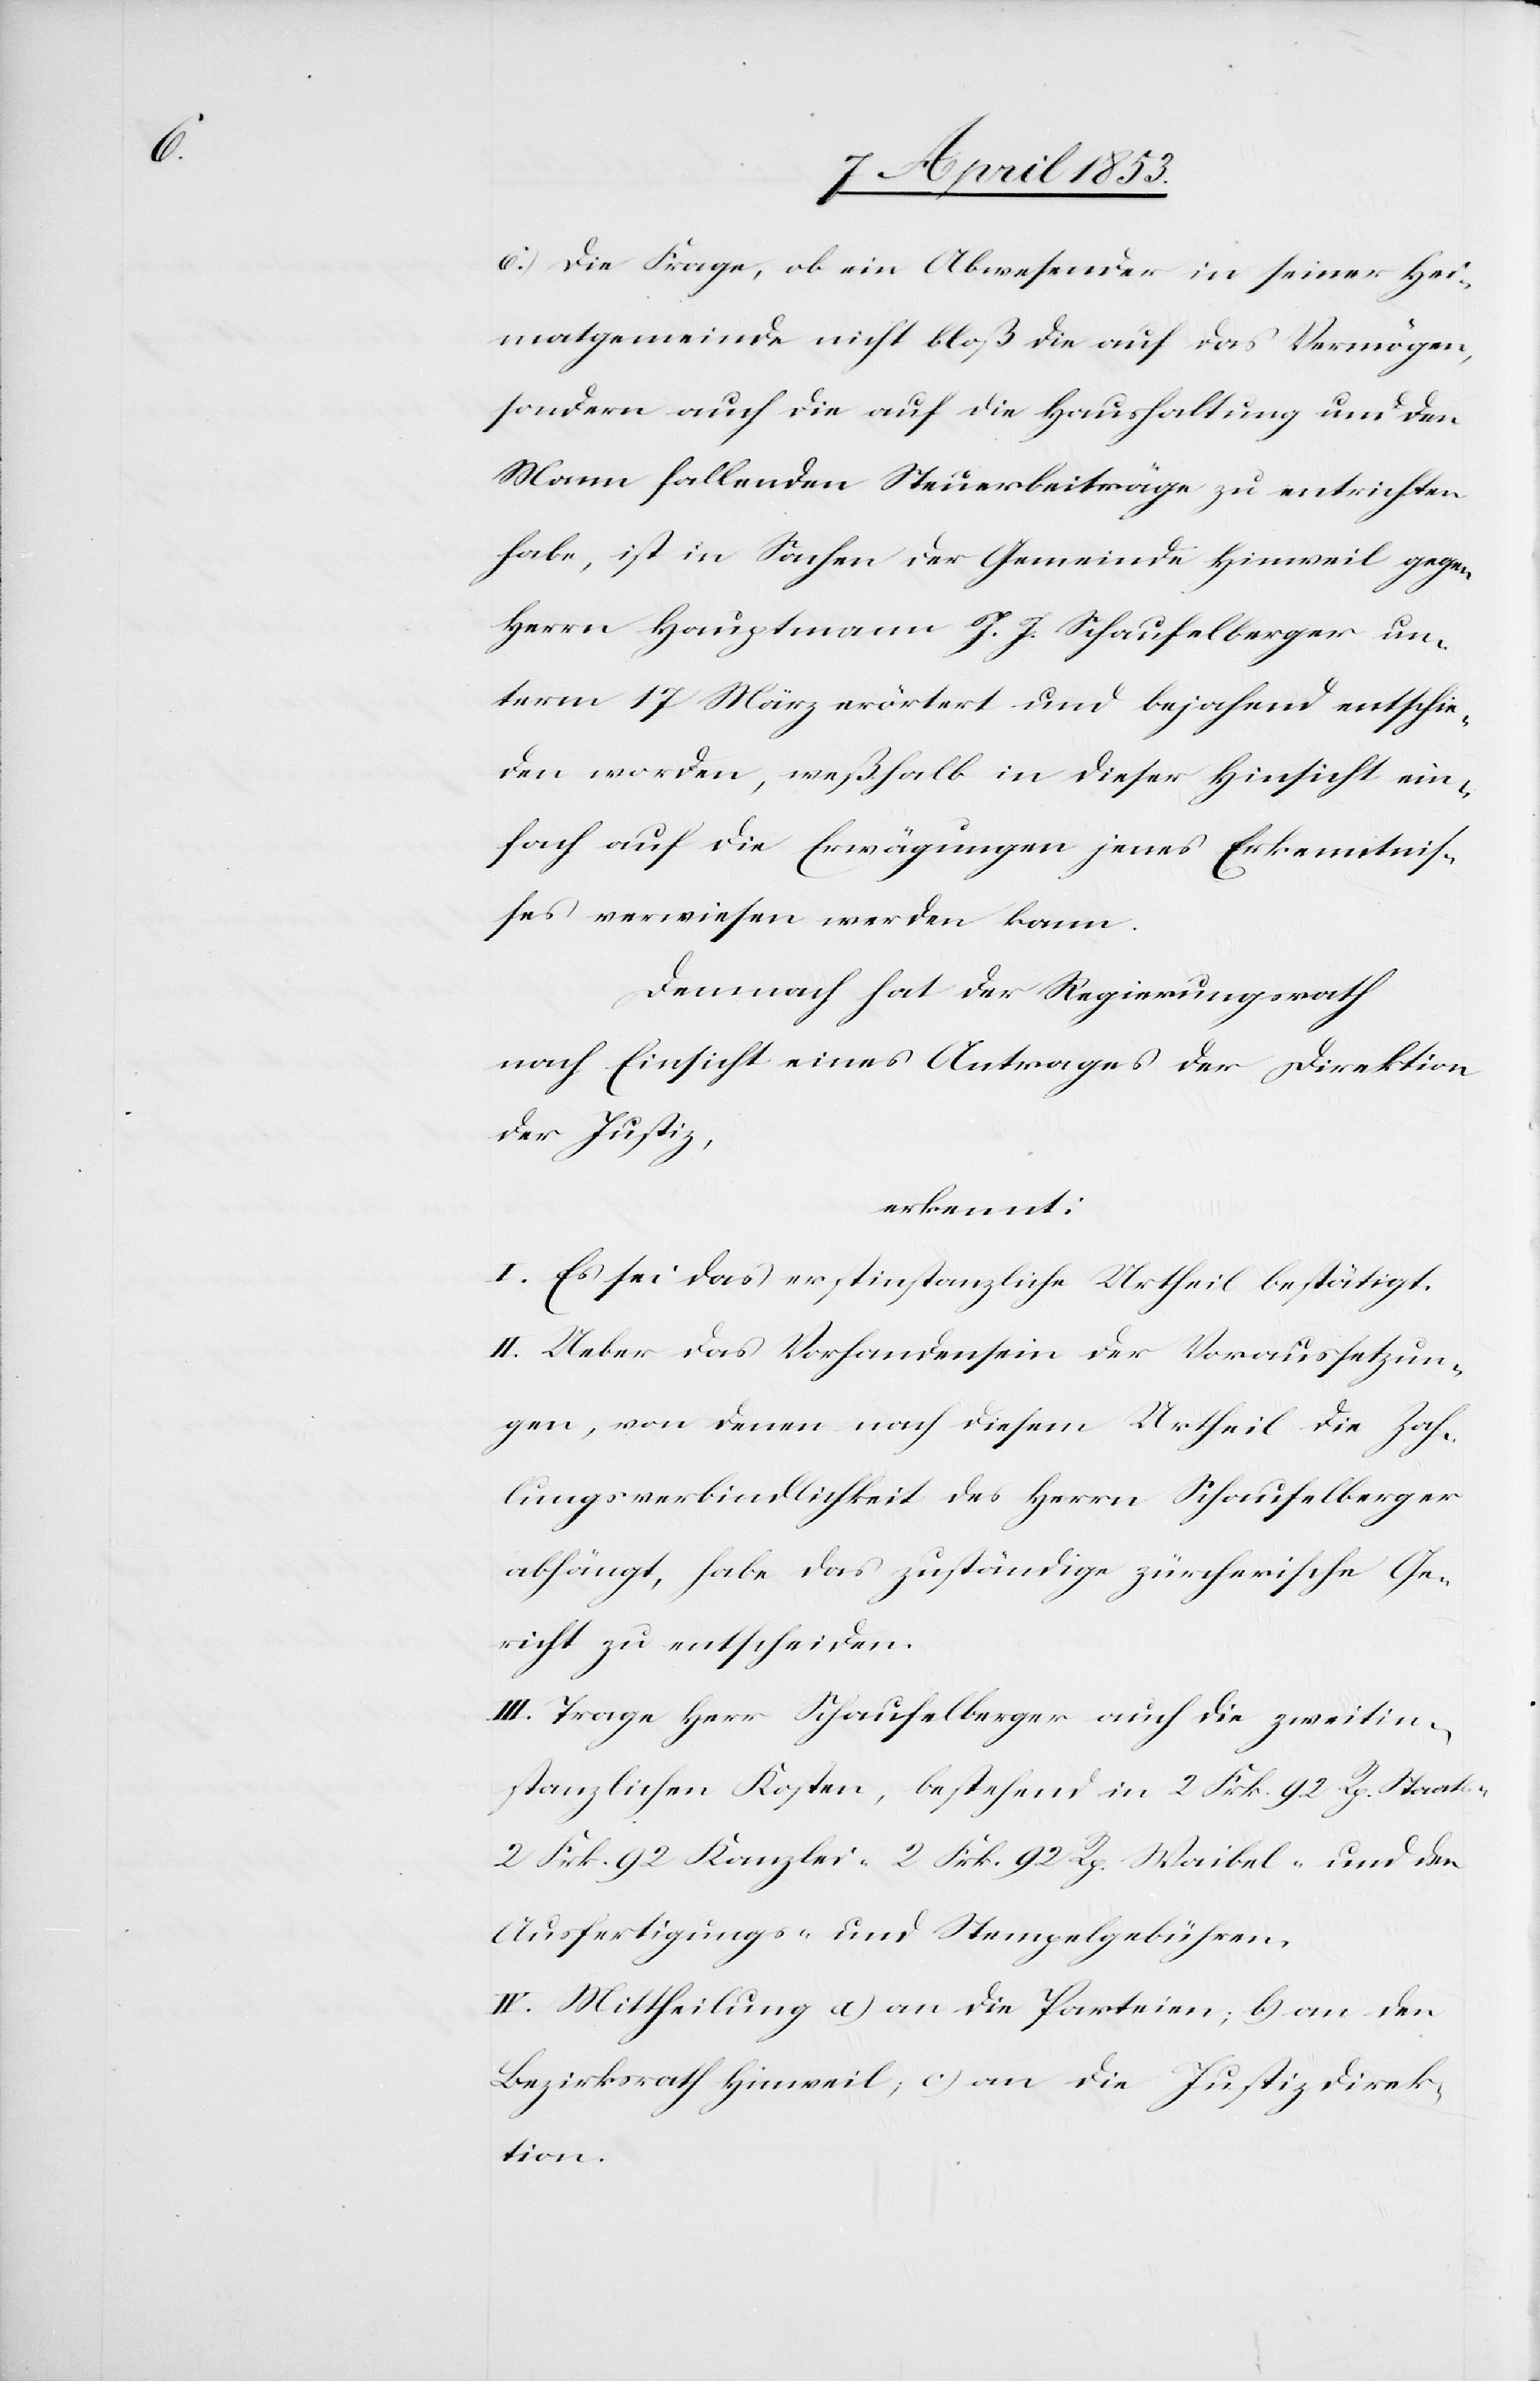
6.) Die Frage, ob ein Abwesender in seiner Hei¬
matsgemeinde nicht bloß die auf das Vermögen,
sondern auch die auf die Haushaltung und den
Mann fallenden Steuerbeiträge zu entrichten
habe, ist in Sachen der Gemeinde Hinweil gegen
Herrn Hauptmann J. J. Schaufelberger un¬
term 17 März erörtert und bejahend entschie¬
den worden, weßhalb in dieser Hinsicht ein¬
fach auf die Erwägungen jenes Erkenntniß¬
es verwiesen werden kann.
Demnach hat der Regierungsrath
nach Einsicht eine Antrages der Direktion
der Justiz,
erkennt:
I. Es sei das erstinstanzliche Urtheil bestätigt.
II. Ueber das Vorhandensein der Voraussetzun¬
gen, von denen nach diesem Urtheil die Zah¬
lungsverbindlichkeit des Herrn Schaufelberger
abhängt, habe das zuständige zürcherische Ge¬
richt zu entscheiden.
III. Trage Herr Schaufelberger auch die zweitin¬
stanzlichen Kosten, bestehend in 2 Frk. 92 Rp. Staats-
2 Frk. 92 Kanzlei- 2 Frk. 92 Rp. Waibel- und den
Ausfertigungs- u. Stempelgebühren.
IV. Mittheilung a) an die Parteien; b, an den
Bezirksrath Hinweil, c, an die Justizdirek¬
tion.